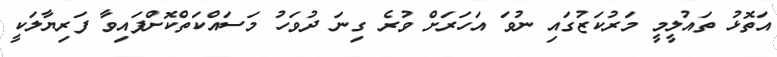
އަތޮޅު ތައުލީމީ މަރުކަޒުގައި ނުވަ އަހަރަށް ވުރެ ގިނަ ދުވަހު މަސައްކަތްކޮށްފައިވާ ފަރިޔާލަކީ